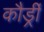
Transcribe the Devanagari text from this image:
कौर्ड्री